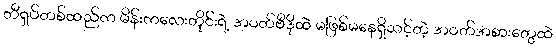
တီရှပ်တစ်ထည်က မိန်းကလေးတိုင်းရဲ့ အဝတ်ဗီဒိုထဲ မဖြစ်မနေရှိသင့်တဲ့ အဝတ်အစားတွေထဲ